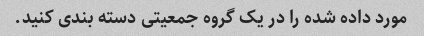
مورد داده شده را در یک گروه جمعیتی دسته بندی کنید.